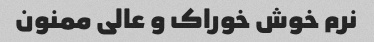
نرم خوش خوراک و عالی ممنون